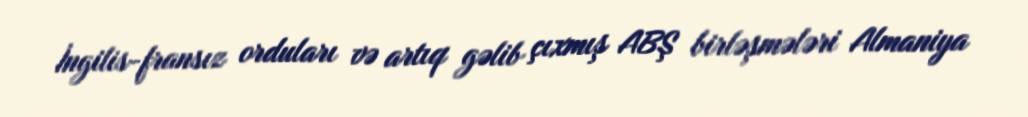
İngilis-fransız orduları və artıq gəlib çıxmış ABŞ birləşmələri Almaniya